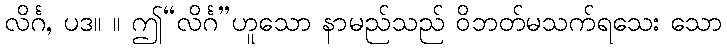
လိင်္ဂ, ပဒ။ ။ ဤ“လိင်္ဂ”ဟူသော နာမည်သည် ဝိဘတ်မသက်ရသေး သော